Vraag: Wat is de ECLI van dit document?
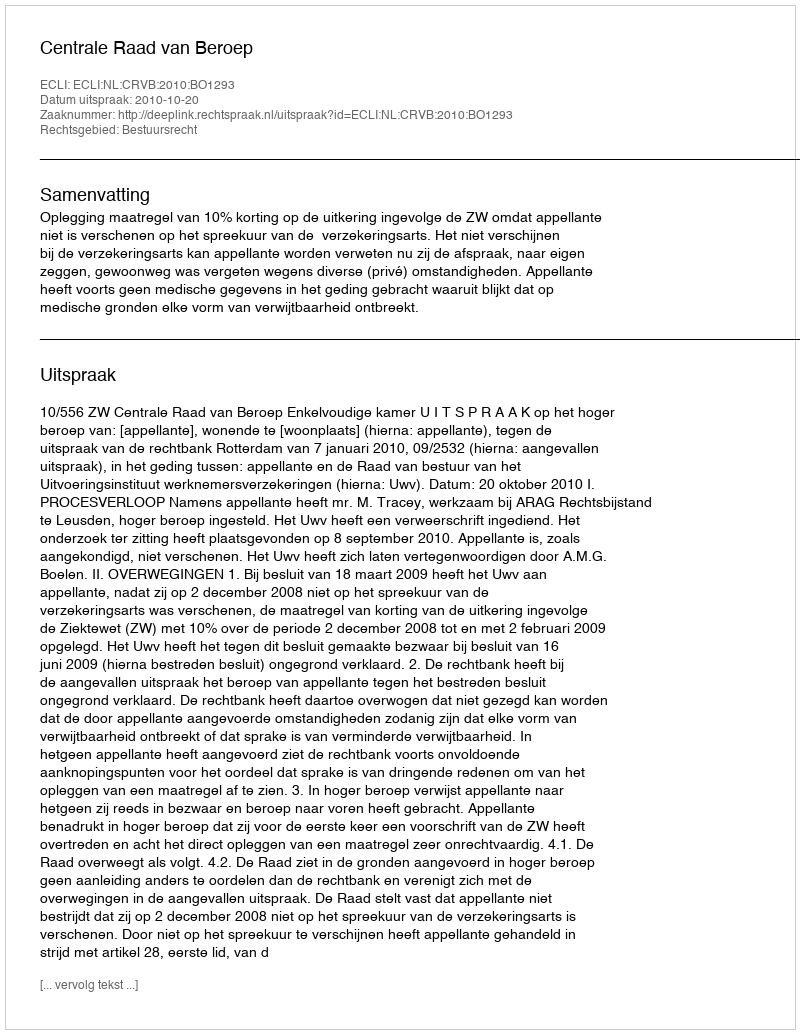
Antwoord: ECLI:NL:CRVB:2010:BO1293